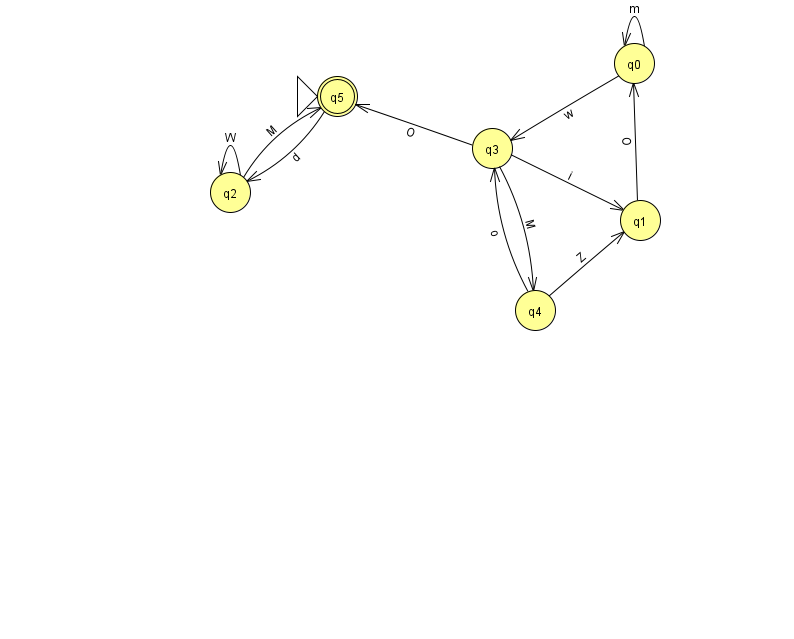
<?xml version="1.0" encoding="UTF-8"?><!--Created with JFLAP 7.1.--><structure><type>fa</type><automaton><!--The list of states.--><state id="0" name="q0"><x>634.0</x><y>50.0</y></state><state id="1" name="q1"><x>640.0</x><y>207.0</y></state><state id="2" name="q2"><x>230.0</x><y>179.0</y></state><state id="3" name="q3"><x>492.0</x><y>135.0</y></state><state id="4" name="q4"><x>535.0</x><y>297.0</y></state><state id="5" name="q5"><x>337.0</x><y>83.0</y><initial/><final/></state><!--The list of transitions.--><transition><from>2</from><to>5</to><read>M</read></transition><transition><from>3</from><to>1</to><read>i</read></transition><transition><from>3</from><to>5</to><read>O</read></transition><transition><from>4</from><to>3</to><read>o</read></transition><transition><from>2</from><to>2</to><read>W</read></transition><transition><from>3</from><to>4</to><read>M</read></transition><transition><from>4</from><to>1</to><read>Z</read></transition><transition><from>5</from><to>2</to><read>d</read></transition><transition><from>0</from><to>3</to><read>w</read></transition><transition><from>1</from><to>0</to><read>O</read></transition><transition><from>0</from><to>0</to><read>m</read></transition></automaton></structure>